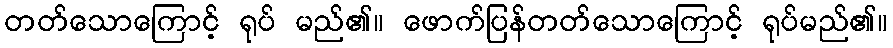
တတ်သောကြောင့် ရုပ် မည်၏။ ဖောက်ပြန်တတ်သောကြောင့် ရုပ်မည်၏။